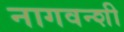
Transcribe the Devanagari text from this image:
नागवन्शी